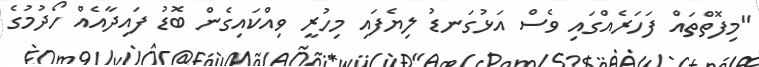
"މިފޮތްތައް ފަހަރެއްގައި ވެސް އަޅުގަނޑު ލިޔެފައި މިހުރީ ވިއްކައިގެން ބޮޑު ފައިދާއެއް ހޯދުމުގެ